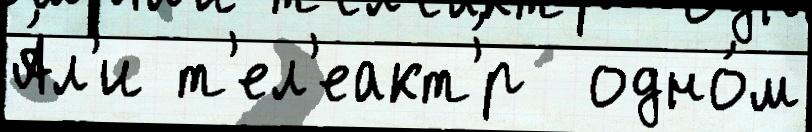
А́л'и т'ел'еакт'́р  одно́м